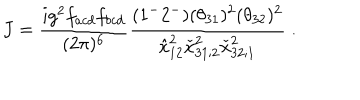
J = { \frac { i g ^ { 2 } f _ { a c d } f _ { b c d } } { ( 2 \pi ) ^ { 6 } } } { \frac { ( 1 ^ { - } 2 ^ { - } ) ( \theta _ { 3 1 } ) ^ { 2 } ( \theta _ { 3 2 } ) ^ { 2 } } { \hat { x } _ { 1 2 } ^ { 2 } \check { x } _ { 3 1 ; 2 } ^ { 2 } \check { x } _ { 3 2 ; 1 } ^ { 2 } } } \; .